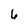
Character: 6